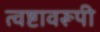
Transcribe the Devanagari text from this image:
त्वष्टावरूपी